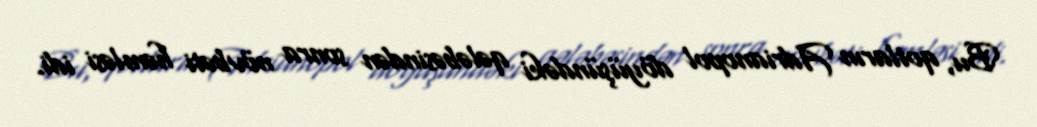
Bu, qotların Adrianopol döyüşündəki qələbəsindən sonra növbəti həmləsi idi.